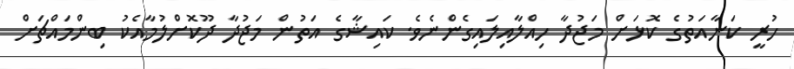
ހުރީ ކަނާއަތުގެ ކޮޅަށް މަޖުދާ ހިއްލާއިލައިގެންނެވެ. ކައިޝާގެ އަތުން މަޖުދާ ދޫކޮށްލުމާއެކު ބިންމައްޗަށް